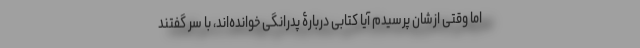
اما وقتی ازشان پرسیدم آیا کتابی دربارۀ پدرانگی خوانده‌اند، با سر گفتند